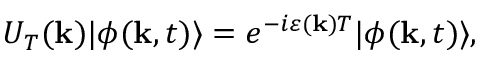
U _ { T } ( \mathbf { k } ) | \phi ( \mathbf { k } , t ) \rangle = e ^ { - i \varepsilon ( \mathbf { k } ) T } | \phi ( \mathbf { k } , t ) \rangle ,